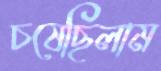
চষেছিলাম